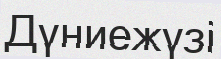
Дүниежүзі